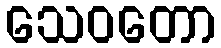
သေဝတော